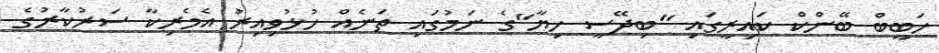
ހަބީބް ބޭންކް ކައިރީގައި "ބިދޭސީ ހިޔާ"ގެ ނަމުގައި ތަނެއް ހުޅުވިއިރު އެމެރިކާ ސަރުކާރުގެ